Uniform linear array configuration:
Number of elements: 16
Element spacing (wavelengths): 0.25
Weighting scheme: hamming
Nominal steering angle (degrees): -45
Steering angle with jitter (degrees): -44.071
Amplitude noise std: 0.05
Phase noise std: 0.05

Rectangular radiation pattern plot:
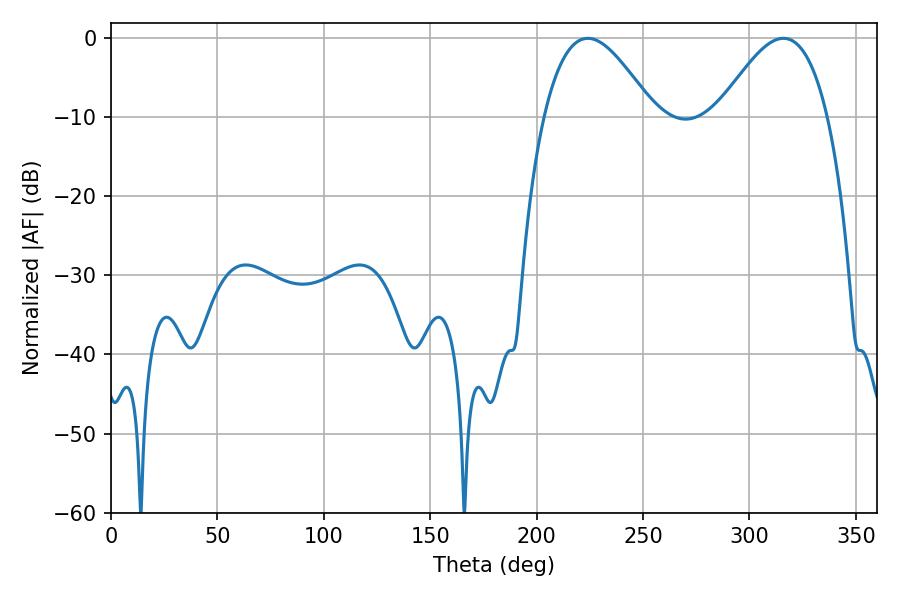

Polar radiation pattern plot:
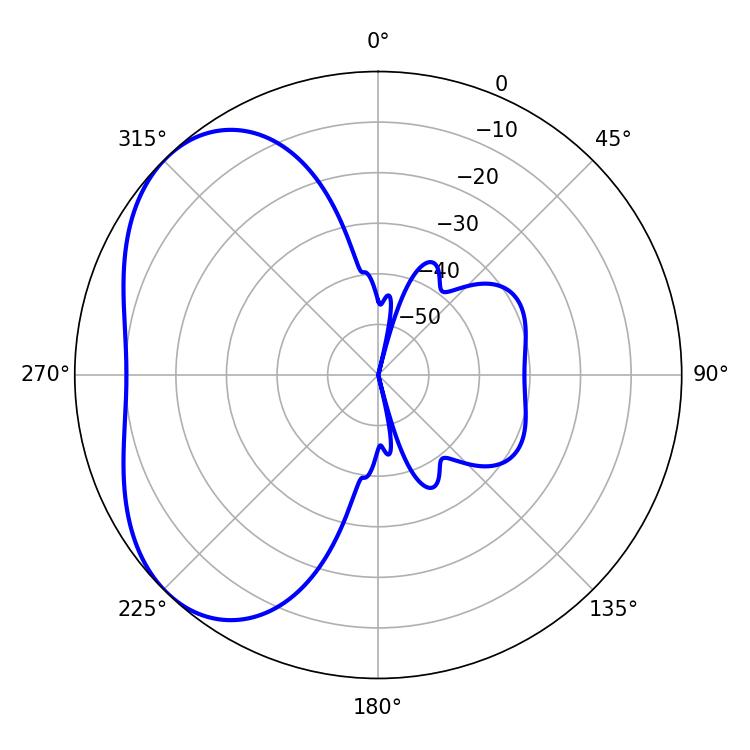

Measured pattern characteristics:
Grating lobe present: FALSE
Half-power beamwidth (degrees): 27.9
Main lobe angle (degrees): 224.1